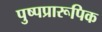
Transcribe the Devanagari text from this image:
पुष्पप्रारूपिक